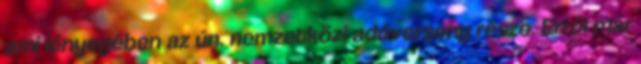
ami lényegében az ún. nemzetközi adóverseny része. Erről már